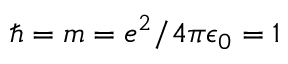
\hbar = m = e ^ { 2 } / 4 \pi \epsilon _ { 0 } = 1